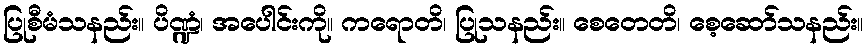
ပြုစီမံသနည်း။ ပိဏ္ဍံ၊ အပေါင်းကို။ ကရောတိ၊ ပြုသနည်း။ စေတေတိ၊ စေ့ဆော်သနည်း။